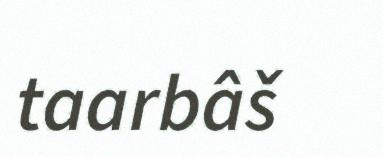
taarbâš